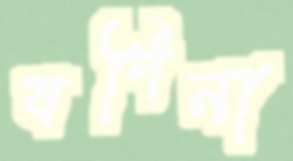
যদিনা